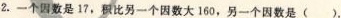
2.-个因数是17，积比另一个因数大160，另一个因数是()。